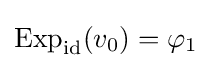
\operatorname {Exp} _{\mathrm {id} }(v_{0})=\varphi _{1}